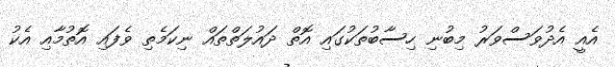
އެއީ އެދުވަސްވަރު މިބުނި ހިސާބުތަކުގައި އޮތް ދައުލަތްތައް ނިކަމެތި ވެފައި އޮތުމާއި އެކު